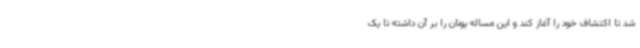
شد تا اکتشاف خود را آغاز کند و این مساله یونان را بر آن داشته تا یک